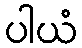
ပါယံ